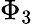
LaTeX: \Phi_{3}